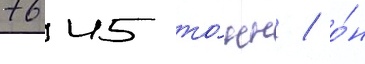
7645 то́нн / о́н